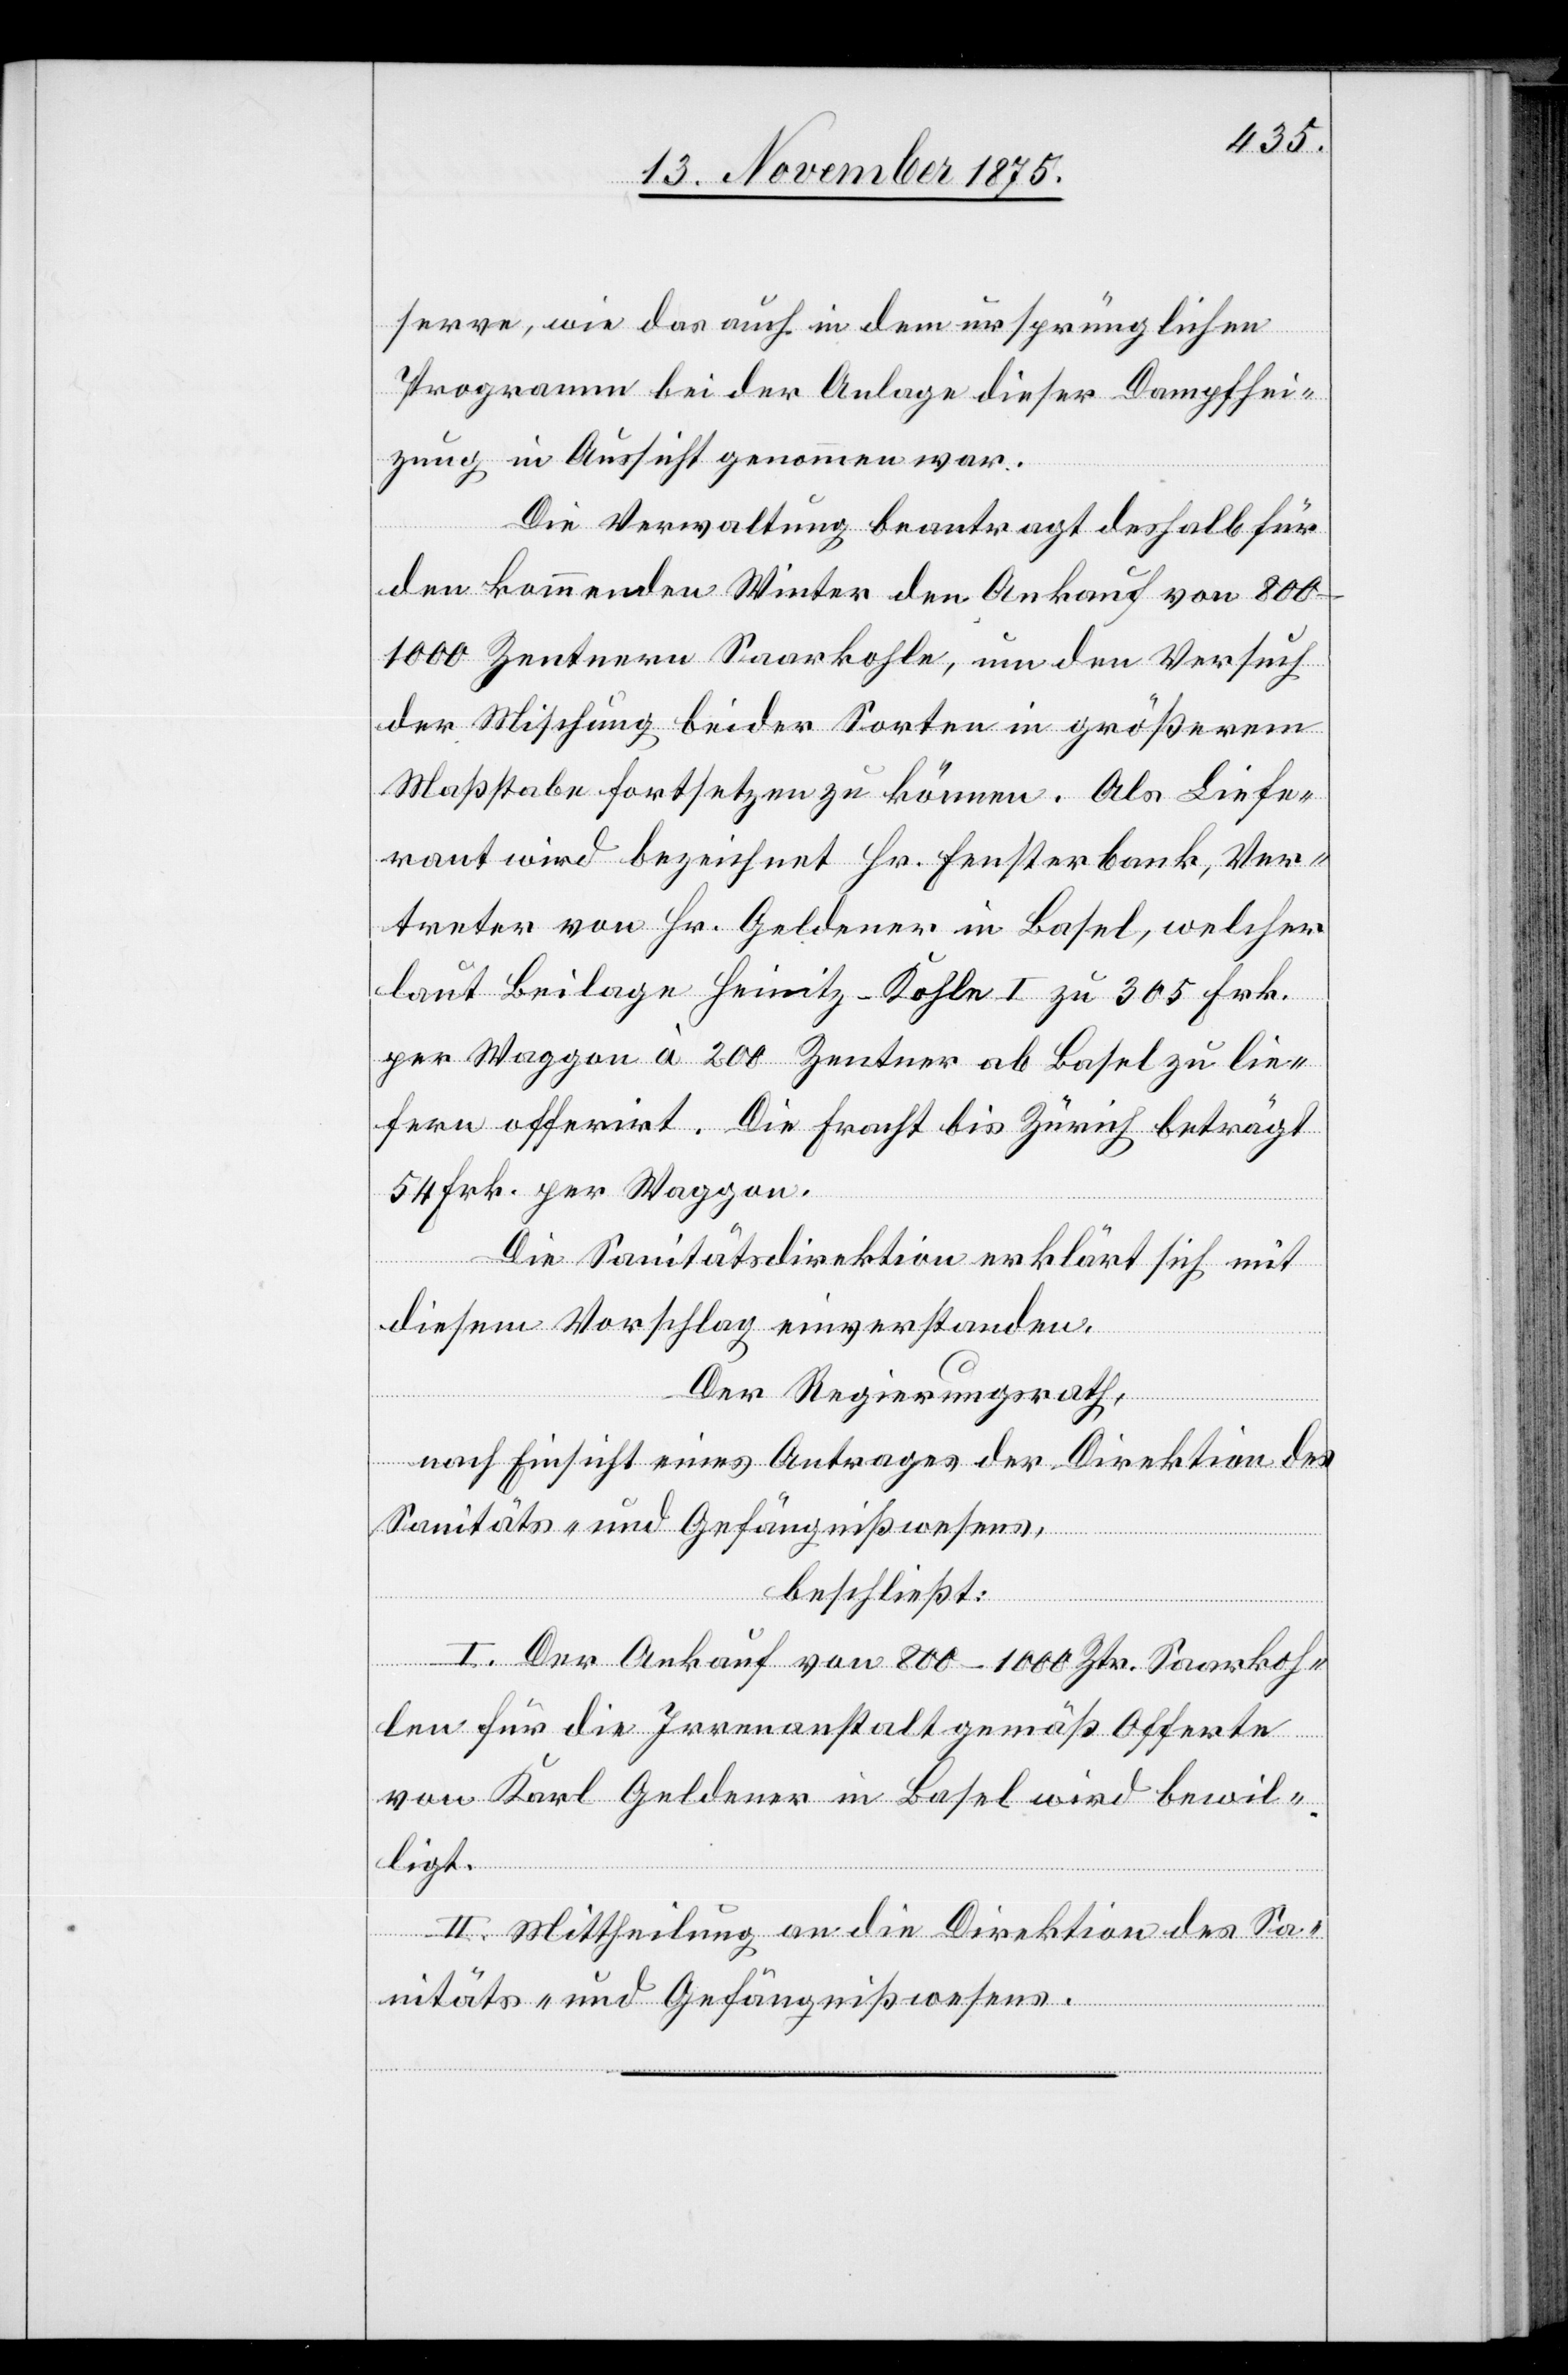
serve, wie das auch in dem ursprünglichen
Programme bei der Anlage dieser Dampfhei¬
zung in Aussicht genommen war.
Die Verwaltung beantragt deshalb für
den kommenden Winter den Ankauf von
800–1000 Zentner Saarkohle, um den Versuch
der Mischung beider Sorten in größerm
Maßstabe fortsetzen zu können. Als Liefe¬
rant wird bezeichnet Hr. Fensterbank, Ver¬
treter von Hr. Geldener in Basel, welcher
laut Beilage Heinitz-Kohle I zu 305 Frk.
per Waggon à 200 Zentner ab Basel zu lie¬
fern offerirt. Die Fracht bis Zürich beträgt
54 Frk. per Waggon.
Die Sanitätsdirektion erklärt sich mit
diesem Vorschlag einverstanden.
Der Regierungsrath,
nach Einsicht eines Antrages der Direktion des
Sanitäts- und Gefängnißwesens,
beschließt:
I. Der Ankauf von 800–1000 Ztr. Saarkoh¬
len für die Irrenanstalt gemäß Offerte
von Karl Geldener in Basel wird bewil¬
ligt.
II. Mittheilung an die Direktion des Sa¬
nitäts- und Gefängnißwesens.